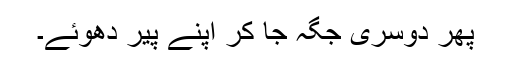
پھر دوسری جگہ جا کر اپنے پیر دھوئے۔